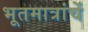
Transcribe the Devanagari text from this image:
भूतमात्रांचें